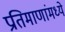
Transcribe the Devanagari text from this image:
प्रतिमाणांमध्ये